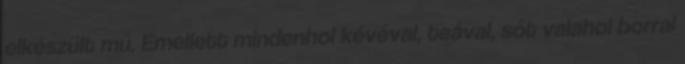
elkészült mű. Emellett mindenhol kévéval, teával, sőt valahol borral